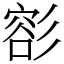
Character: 彮